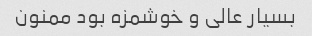
بسیار عالی و خوشمزه بود ممنون